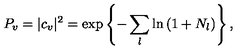
P _ { v } = | c _ { v } | ^ { 2 } = \exp \left\{ - \sum _ { l } \ln \left( 1 + N _ { l } \right) \right\} ,